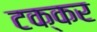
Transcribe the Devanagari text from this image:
टक्कर